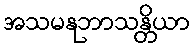
အသမနုဘာသန္တိယာ